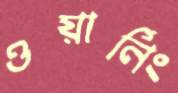
ওয়ার্নিং